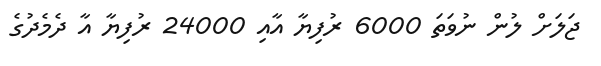
ޖަލަށް ލުން ނުވަތަ 6000 ރުފިޔާ އާއި 24000 ރުފިޔާ އާ ދެމެދުގެ